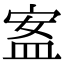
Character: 䀂